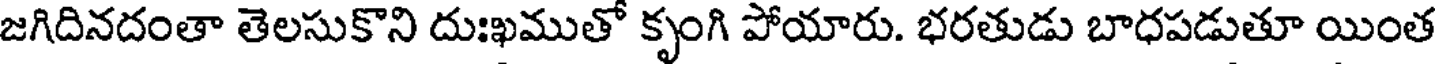
జగిదినదంతా తెలసుకొని దుఃఖముతో కృంగి పోయారు. భరతుడు బాధపడుతూ యింత